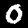
Label: 0